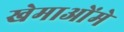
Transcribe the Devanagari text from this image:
खेमाओंमे